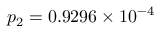
p _ { 2 } = 0 . 9 2 9 6 \times 1 0 ^ { - 4 }